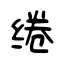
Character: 绻